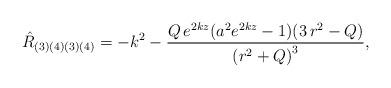
LaTeX: \begin{align*}{\hat{R}}_{(3)(4)(3)(4)}=-k^2-\frac{Q\,e^{2kz}(a^2e^{2kz}-1)(3\,r^2-Q)}{{(r^2+Q)}^3},\end{align*}